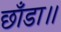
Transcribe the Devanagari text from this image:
छाँडा॥